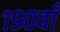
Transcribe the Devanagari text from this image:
१९०वाँ